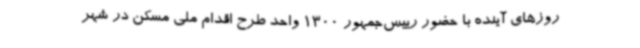
روزهای آینده با حضور رییس‌جمهور 1300 واحد طرح اقدام ملی مسکن در شهر